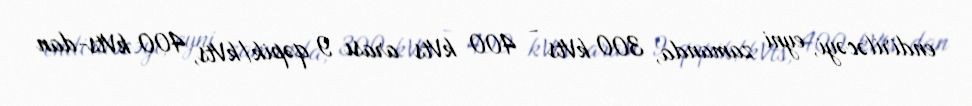
endiriləcəyi, eyni zamanda, 300 kVts - 400 kVts arası 9 qəpik/kVts, 400 kVts-dan